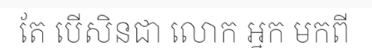
តែ បើសិនជា លោក អ្នក មកពី